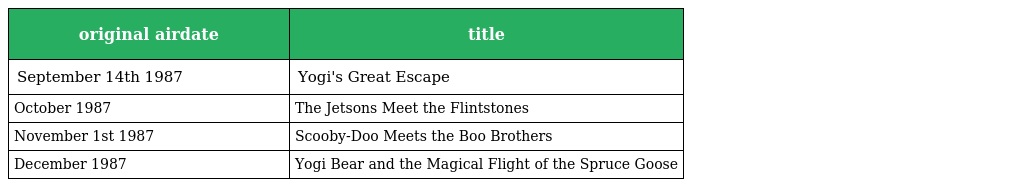
| original airdate | title |
 | --- | --- |
 | September 14th 1987 | Yogi's Great Escape |
 | October 1987 | The Jetsons Meet the Flintstones |
 | November 1st 1987 | Scooby-Doo Meets the Boo Brothers |
 | December 1987 | Yogi Bear and the Magical Flight of the Spruce Goose |